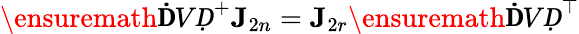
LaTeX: \ensuremath{\mathbf ḊVḌ}^{+}\mathbf J_{2n}=\mathbf J_{2r}\ensuremath{\mathbf ḊVḌ}^{\top}